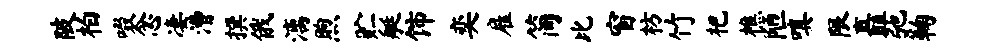
陂柏啜念凄漕撰俄漓煦贮艇饰奕雇简比窗枋竹杷樵陋嗔限矗弛鞠